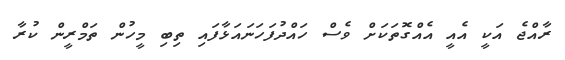
ރާއްޖެ އަކީ އެއީ އެއްގޮތަކަށް ވެސް ހައްދުފަހަނައަޅާފައި ތިބި މީހުން ތަމްރީން ކުރާ